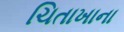
ચિતાખાના